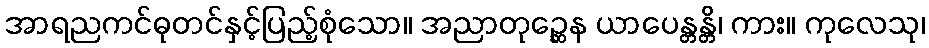
အာရညကင်ဓုတင်နှင့်ပြည့်စုံသော။ အညာတုဉ္ဆေန ယာပေန္တန္တိ၊ ကား။ ကုလေသု၊